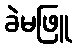
ခဲမဖြူ